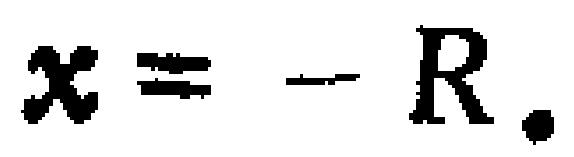
$x = - R.$